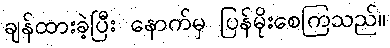
ချန်ထားခဲ့ပြီး နောက်မှ ပြန်မိုးစေကြသည်။